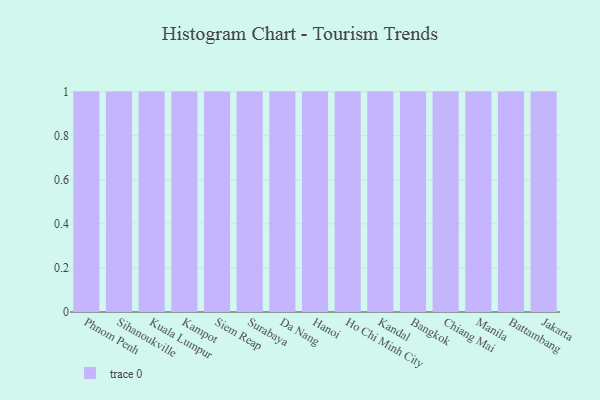
{"axis": {"x": "City", "y": "Operating Costs (USD K)"}, "legend": [""], "data": [{"x": "Phnom Penh", "y": 61, "type": ""}, {"x": "Sihanoukville", "y": 56, "type": ""}, {"x": "Kuala Lumpur", "y": 30, "type": ""}, {"x": "Kampot", "y": 37, "type": ""}, {"x": "Siem Reap", "y": 2, "type": ""}, {"x": "Surabaya", "y": 37, "type": ""}, {"x": "Da Nang", "y": 73, "type": ""}, {"x": "Hanoi", "y": 56, "type": ""}, {"x": "Ho Chi Minh City", "y": 53, "type": ""}, {"x": "Kandal", "y": 46, "type": ""}, {"x": "Bangkok", "y": 60, "type": ""}, {"x": "Chiang Mai", "y": 36, "type": ""}, {"x": "Manila", "y": 4, "type": ""}, {"x": "Battambang", "y": 84, "type": ""}, {"x": "Jakarta", "y": 60, "type": ""}]}